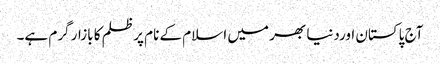
آج پاکستان اوردنیا بھر میں اسلام کے نام پر ظلم کا بازار گرم ہے۔